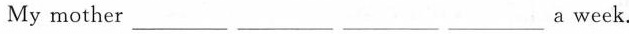
My mother ___ ___ ___ ___ a week.